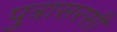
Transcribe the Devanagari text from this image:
पुत्रासरसी